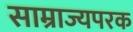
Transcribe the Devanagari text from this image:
साम्राज्यपरक